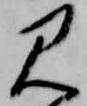
見